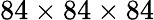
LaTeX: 84\times 84\times 84